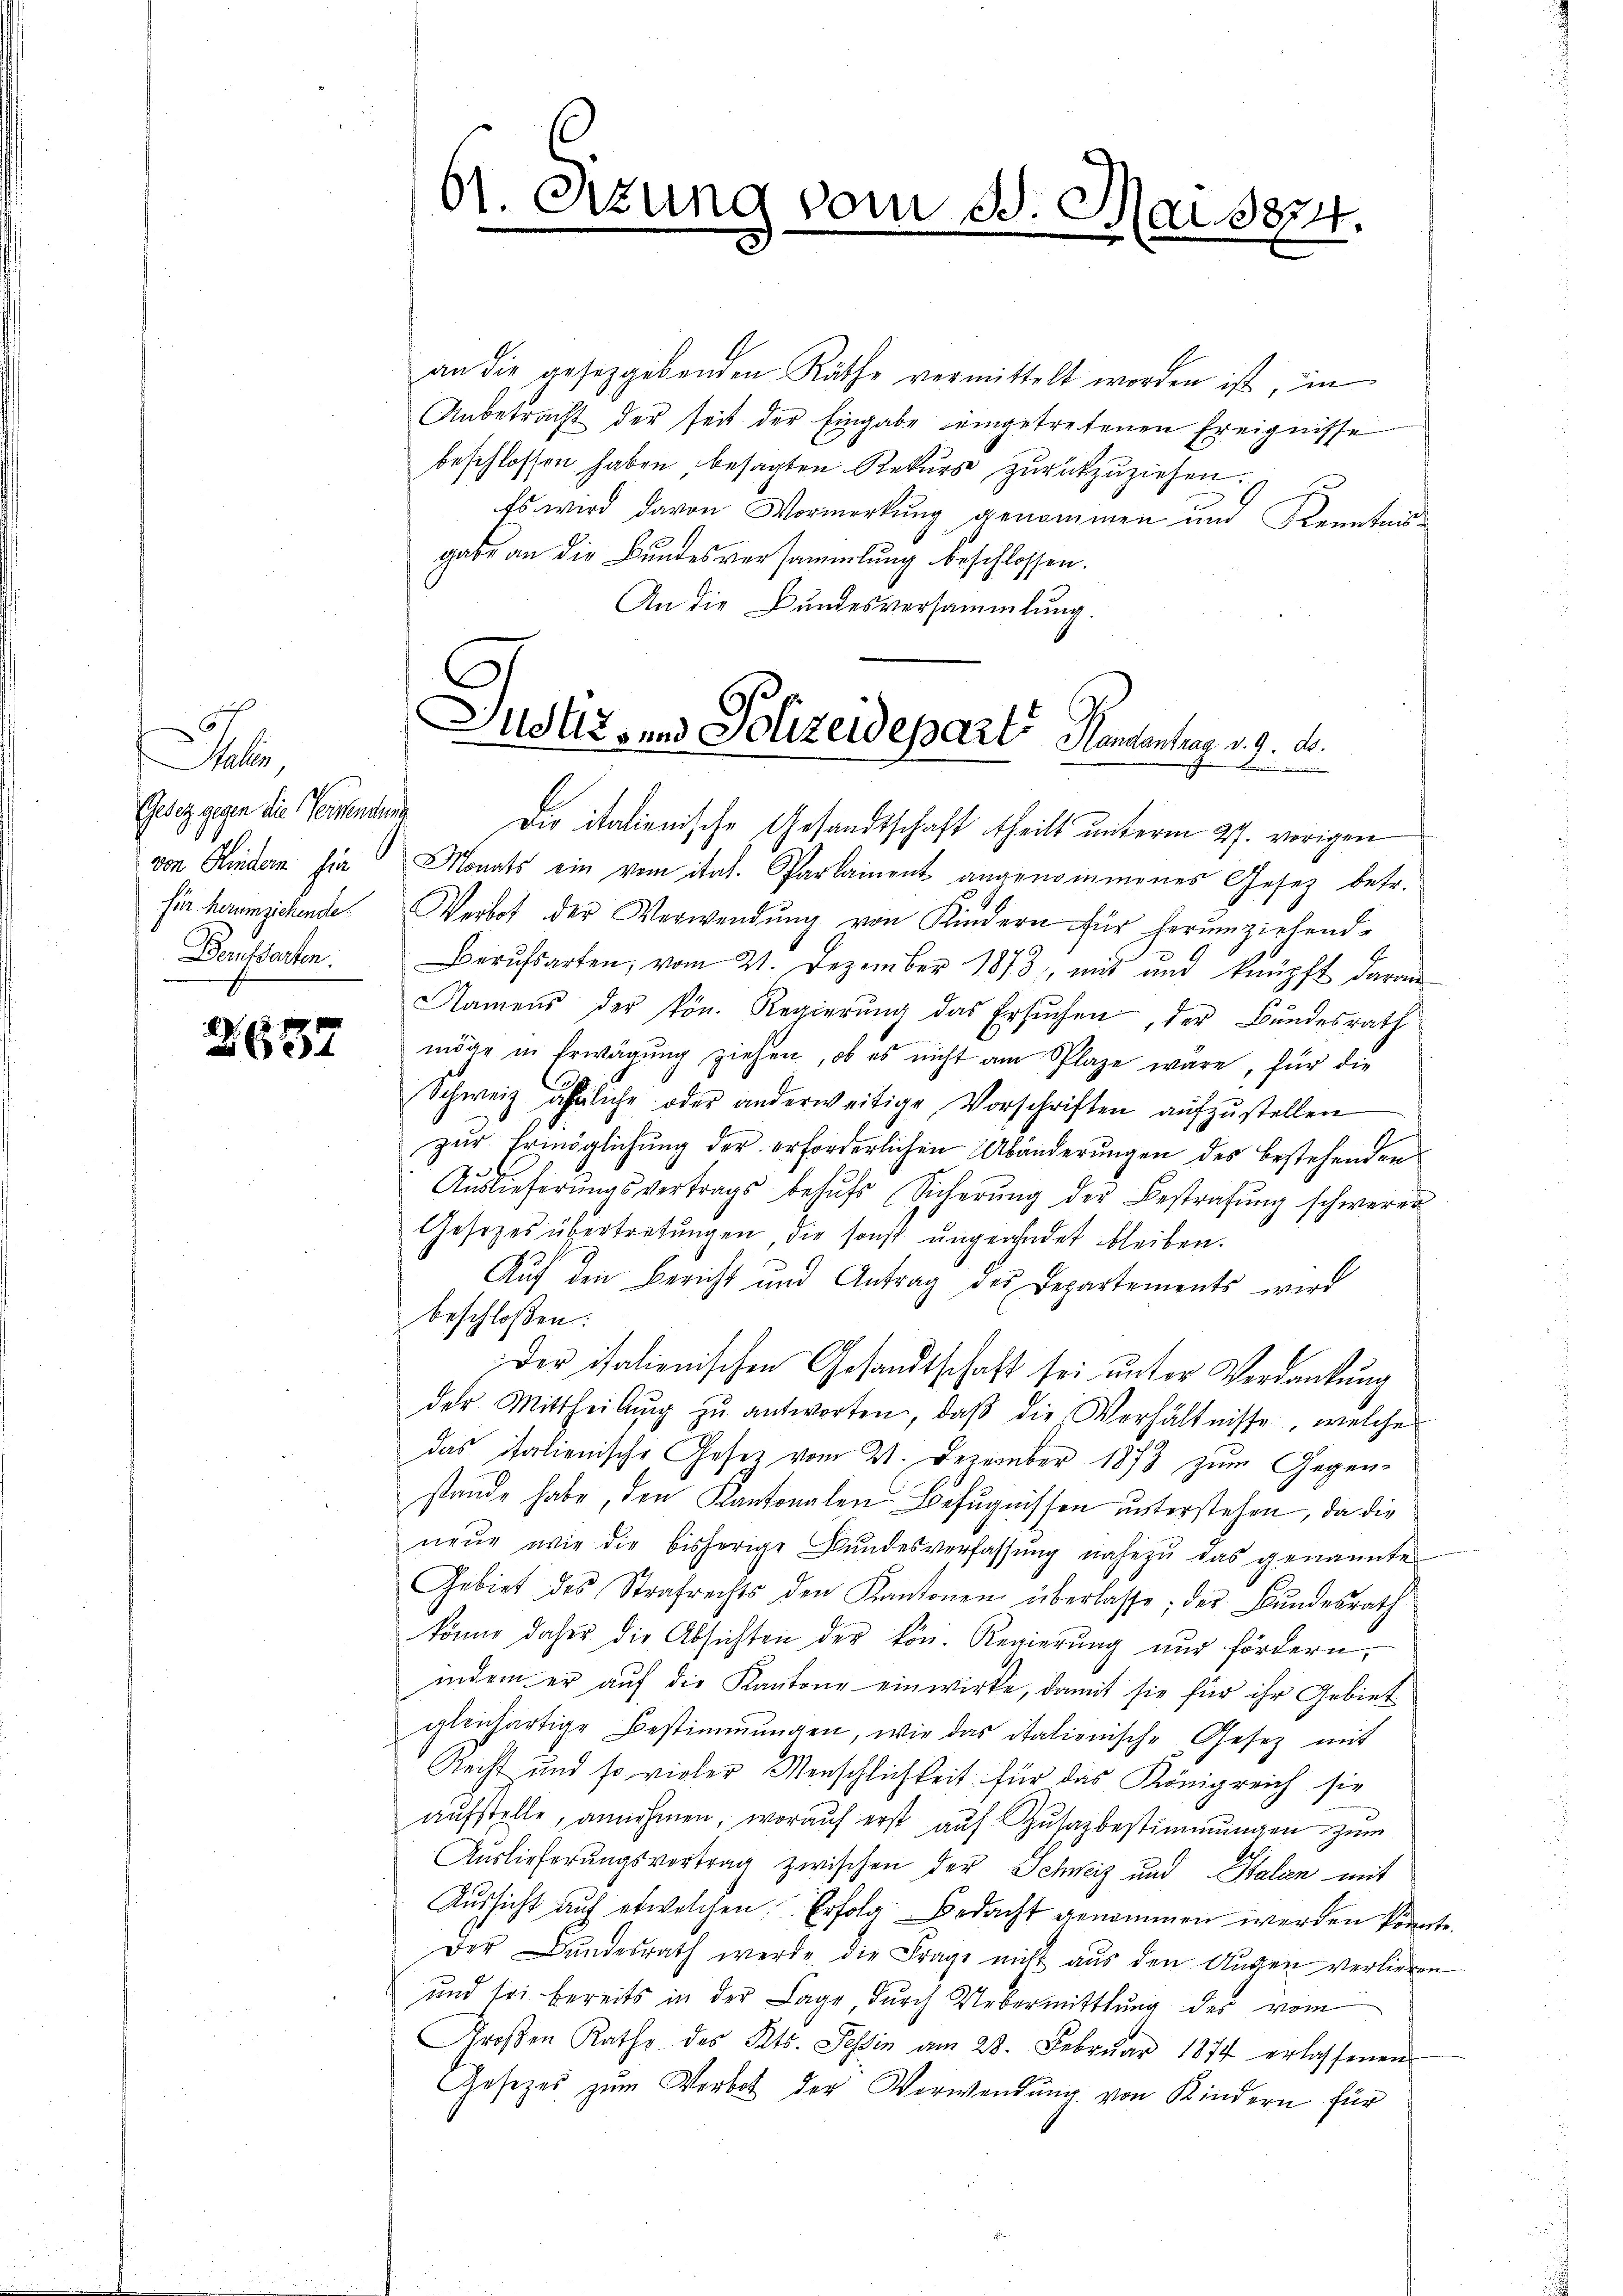
7
5
Sallen
Bertsorten.

2637

61. Sitzung vom 3. Mai 1874.
1

an die gesetzgebenden Räthe vermittelt worden ist, in
Anbetracht der seit der Eingabe eingetretenen Ereignisse
beschlossen haben, besagten Rekurs zurückzuziehen.
Es wird davon Vormerkung genommen und Kenntn
gabe an die Bundesversammlung beschlossen.
An die Bundesversammlung.

Justiz und Polizeideparte Mantenhang d. 7. d.

Gesez gegen die Verwendung die italienische Gesandtschaft theilt unterm 27. vorigen
von Kindern sie Monats ein vom ital. Parlament angenommenes Gesetz betr.
fin herumziehende Verbot der Verwendung von Kindern für herumziehende
Berŭfsarten, vom 21. Dezember 1873 mit und knüpft daran
Namens der kön. Regierŭng das Ersŭchen, der Bundesrath
möge in Erwägung ziehen, ob es nicht am Plaze wäre, für die
Schweiz ähnliche oder anderweitige Vorschriften aŭfzŭstellen
zur Ermöglichung der erforderlichen Abänderungen des bestehenden
Aŭslieferŭngsvertrags behŭfs Sicherŭng der Bestrafŭng schwerer
Gesetzes übertretungen, die sonst ungendet bleiben.
Auf den Bericht und Antrag des Departements wird
beschloßen:
Der italienischen Gesandtschaft sei unter Verdankung
der Mittheilŭng zŭ antworten, daβ die Verhältnisse, welche
das italienische Gesetz vom 21. Dezember 1873 zum Gegen-
stande habe, den Kantonalen Befugnissen unterstehen, da die
neŭe wie die bisherige Bundesverfassŭng nahezu das genannte
Gebiet des Strafrechts den Kantonen überlasse; der Bŭndesrath
könne daher die Absichten der kön. Regierŭng nŭr fördern,
indem er auf die Kantone einwirke, damit sie für ihr Gebiet
gleichartige Bestimmungen, wie das italienische Gesetz mit
Recht und so vieler Menschlichkeit für das Königreich sie
aŭfstelle, annehmen, worauf erst aŭf Zŭsazbestimmungen zum
Auslieferŭngsvertrag zwischen der Schweiz und Italien mit
Aŭssicht auf etwelchen Erfolg Bedacht genommen werden könnte.
Der Bŭndesrath werde die Frage nicht aus den Augen verlieren
und sei bereits in der Lage, durch Uebermittlung der vom
Groβen Rathe des Kts. Tessin am 28. Febrŭar 1874 erlassenen
Gesezes zum Verbot der Verwendung von Kindern für